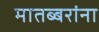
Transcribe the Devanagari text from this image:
मातब्बरांना